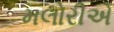
મલોરીએ